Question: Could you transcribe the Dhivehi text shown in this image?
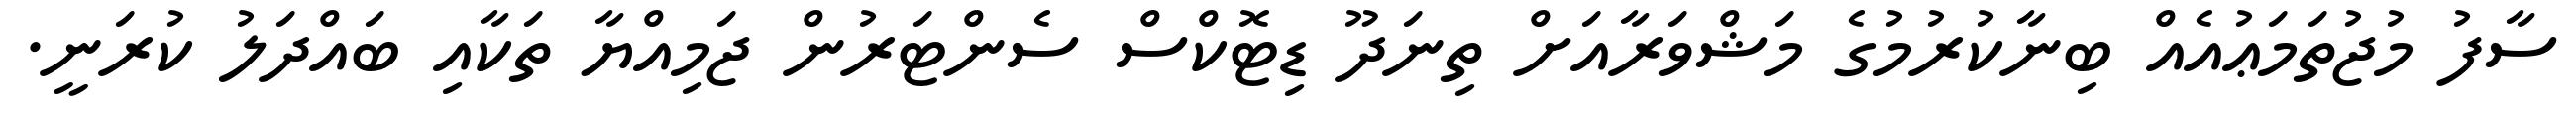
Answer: ސާފު މުޖުތަމަޢުއެއް ބިނާކުރުމުގެ މަޝްވަރާއަށް ތިނަދޫ ޑިޓޮކްސް ސެންޓަރުން ޖަމިއްޔާ ތަކާއި ބައްދަލު ކުރަނީ.